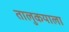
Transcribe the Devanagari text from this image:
तालुकयाला